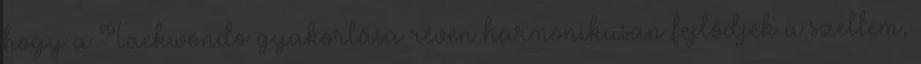
hogy a Taekwondo gyakorlása révén harmonikusan fejlődjék a szellem,